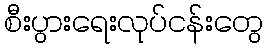
စီးပွားရေးလုပ်ငန်းတွေ